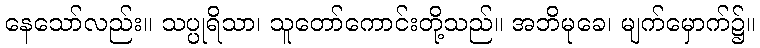
နေသော်လည်း။ သပ္ပုရိသာ၊ သူတော်ကောင်းတို့သည်။ အဘိမုခေ၊ မျက်မှောက်၌။